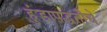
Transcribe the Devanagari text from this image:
हुंडापद्धतीचे